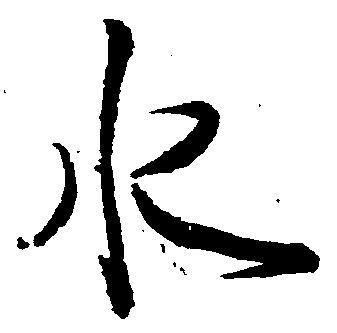
水